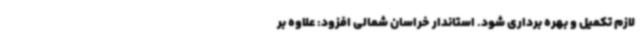
لازم تکمیل و بهره برداری شود. استاندار خراسان شمالی افزود: علاوه بر